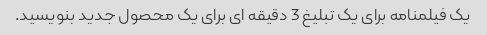
یک فیلمنامه برای یک تبلیغ 3 دقیقه ای برای یک محصول جدید بنویسید.